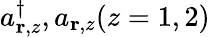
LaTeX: a_{{\mathbf r},z}^{\dagger},a_{{\mathbf r},z}(z=1,2)